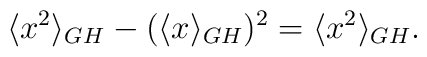
\langle x^2 \rangle_{GH} - (\langle x \rangle_{GH})^2 = \langle x^2\rangle_{GH}.